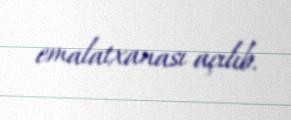
emalatxanası açılıb.